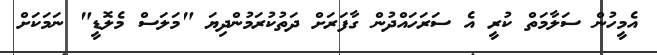
އެމީހުން ސަލާމަތް ކުރީ އެ ސަރަހައްދުން ގާފަރަށް ދަތުކުރަމުންދިޔަ "މަލަސް މެލޮޑީ" ނަމަކަށް